system: You are a helpful assistant.
user:
Analyze the provided spectrum to determine if it is a **S-type Star**.

- **Key Indicators for S-type Star:**

    - **(Overall Spectrum Shape):** The first and most obvious characteristic is the overall continuum (the "baseline" shape). It is **extremely "red-sloping,"** meaning the flux (light intensity) is very low on the left side (blue, ~4000-4500 Å) and rises steeply and continuously toward the right side (red, ~7000 Å+).

    - **(Primary):** The spectrum is defined by the presence of strong, broad molecular absorption "valleys" (bands) from **Zirconium Oxide (ZrO)**. The identification of these bands is the **primary requirement** for classifying a star as S-type.
        - **(Key Bandheads):** You must find distinct, deep "dips" where the light has been absorbed. The most critical band systems to locate are:
            - **~6474 Å** ($\gamma$-system): This is often the strongest and clearest ZrO feature, found in the red part of the spectrum.
            - **~5718 Å** & **~5551 Å** ($\beta$-system): A pair of prominent absorption features in the yellow-orange part of the spectrum.
            - **~4640 Å** ($\alpha$-system): A key absorption band system in the blue-green region of the spectrum.

    - **(Secondary Confirmation):** The classification is strengthened by finding additional absorption bands from other related heavy element oxides, which are expected to be present alongside ZrO.
        - **(Key Bandheads):**
            - **Yttrium Oxide (YO):** Look for absorption dips near **~4800 Å** and **~6100 Å**.
            - **Lanthanum Oxide (LaO):** Additional absorption features, particularly in the red-orange part of the spectrum, are also characteristic.

    - **(Line Profile):** The combination of the steep red continuum and these numerous, deep molecular bands (ZrO, YO, etc.) gives the entire spectrum a very **"chopped-up"** or **"bumpy"** appearance. Instead of a smooth curve, the spectrum looks as though large, wide chunks of light have been "carved out" of it at the specific wavelengths listed above.

Think first, call **spectral_visualization_tool** if needed to examine features in detail, then provide your final answer. Your response must adhere to the following strict rules:
1.  **Overall Structure:** Your response must follow the format `<think>...</think> <tool_call>...</tool_call> (if a tool is used) <answer>...</answer>`.
2.  **Tool Usage Constraint:** You may only make **one** tool call per turn.
3.  **Final Answer Format:** In the `<answer>` tag, your conclusion must be inside a `\boxed{}` command (e.g., `\boxed{YES}` or `\boxed{NO}`), followed by your justification.

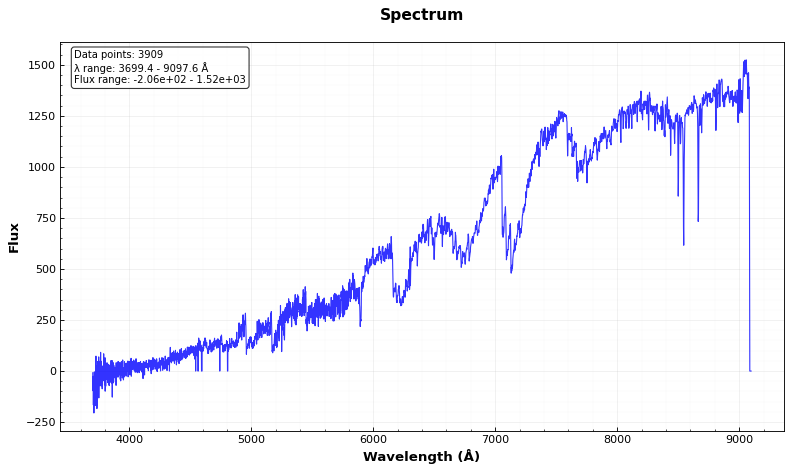
Answer: YES